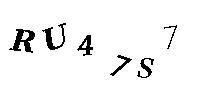
RU47S7